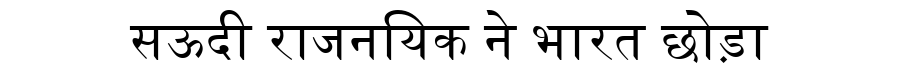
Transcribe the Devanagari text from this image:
सऊदी राजनयिक ने भारत छोड़ा